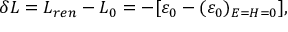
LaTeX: \delta { \cal L } = { \cal L } _ { r e n } - { \cal L } _ { 0 } = - [ \varepsilon _ { 0 } - ( \varepsilon _ { 0 } ) _ { E = H = 0 } ] ,